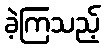
ခဲ့ကြသည့်